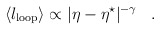
\begin{align*}\langle l_{\rm loop} \rangle \propto|\eta-\eta^\star|^{-\gamma}\,\,\,\,\,.\,\,\,\,\,\end{align*}